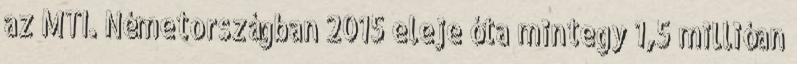
az MTI. Németországban 2015 eleje óta mintegy 1,5 millióan